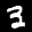
Label: 3